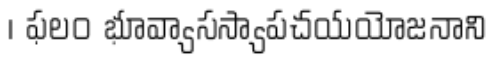
। ఫలం భూవ్యాసస్యాపచయయోజనాని